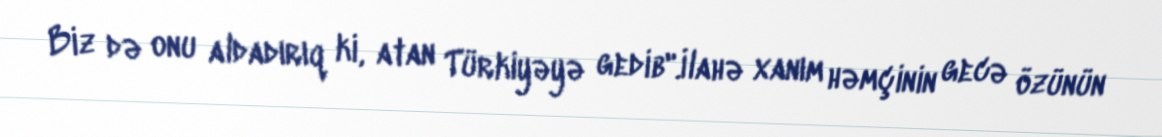
Biz də onu aldadırıq ki, atan Türkiyəyə gedib".İlahə xanım həmçinin gecə özünün